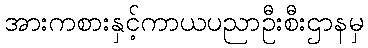
အားကစားနှင့်ကာယပညာဦးစီးဌာနမှ